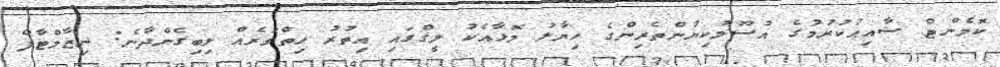
ކޮމެންޓް ޝާއިއުކުރުމުގެ އުސޫލުކިޔުންތެރިންގެ ހިޔާލު މޮޅާއެކު ލީގްގައި އިތުރު ހިތްވަރެއް ލިބިގެންދާނެ: ނިޒާމްޓާފް